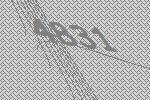
4831